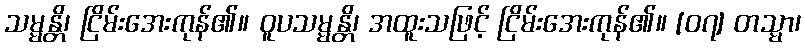
သမ္မန္တိ၊ ငြိမ်းအေးကုန်၏။ ဝူပသမ္မန္တိ၊ အထူးသဖြင့် ငြိမ်းအေးကုန်၏။ [၀၇] တသ္မာ၊